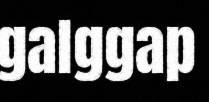
galggap